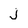
Character: j